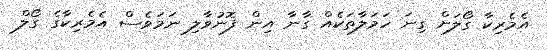
އެމެރިކާ ގޯލަށް ގިނަ ހަމަލާތަކެއް ގާނާ އިން ފޮނުވާލި ނަމަވެސް އެމެރިކާގެ ގޯލް